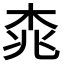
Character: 𣑯